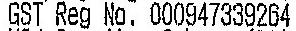
GST REG NO. 000947339264